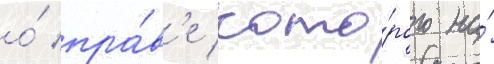
о́ пра́в'е кото́рого на́